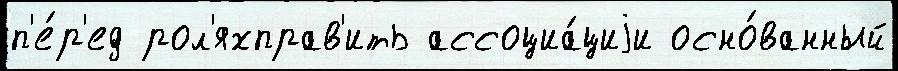
п'е́р'ед рол'яхправ'ить ассоциа́циjи осно́ванный